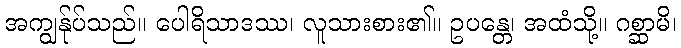
အကျွန်ုပ်သည်။ ပေါရိသာဒဿ၊ လူသားစား၏။ ဥပန္တေ၊ အထံသို့။ ဂစ္ဆာမိ၊